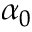
\alpha _ { 0 }